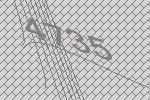
4735